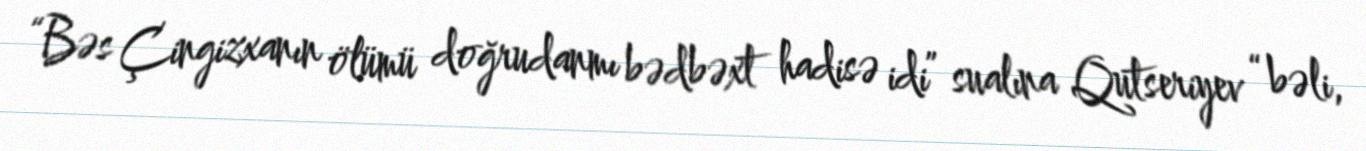
“Bəs Çingizxanın ölümü doğrudanmı bədbəxt hadisə idi” sualına Qutseriyev “bəli,